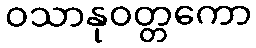
ဝသာနုဝတ္တကော